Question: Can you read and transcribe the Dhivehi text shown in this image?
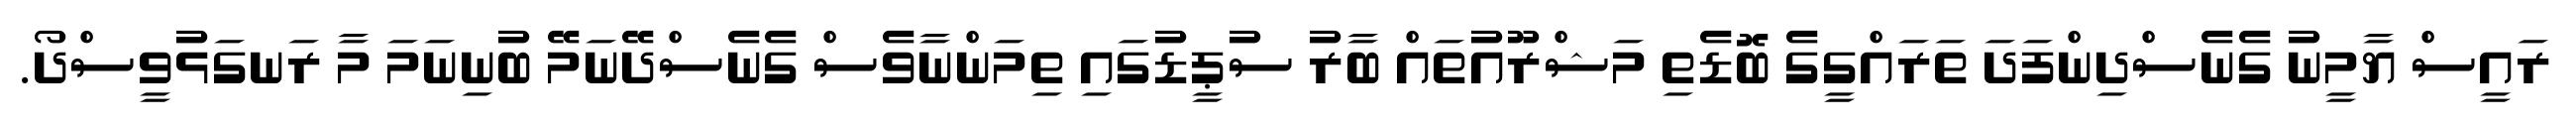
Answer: ރައީސް ޔާމީނު ގެނެސްދިންފަދަ ތަރައްގީގެ ބޮޑެތި މަޝްރޫއުތައް ބާރު ސުޕީޑުގައި ތިމަންނާވެސް ގެނެސްދޭނަމޭ ބުނިނަމަ މާ ރަނގަޅުވީސްދޯ.